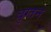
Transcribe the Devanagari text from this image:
बुग्तन